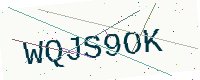
Text: WQJS9OK